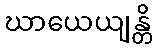
ဃာယေယျန္တိ